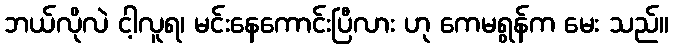
ဘယ်လိုလဲ ငါ့လူရ၊ မင်းနေကောင်းပြီလား ဟု ကေမရွန်က မေး သည်။